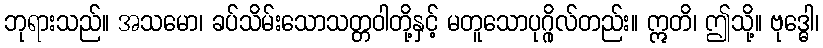
ဘုရားသည်။ အသမော၊ ခပ်သိမ်းသောသတ္တဝါတို့နှင့် မတူသောပုဂ္ဂိုလ်တည်း။ ဣတိ၊ ဤသို့။ ဗုဒ္ဓေါ၊